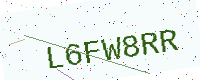
Text: L6FW8RR